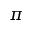
\pi